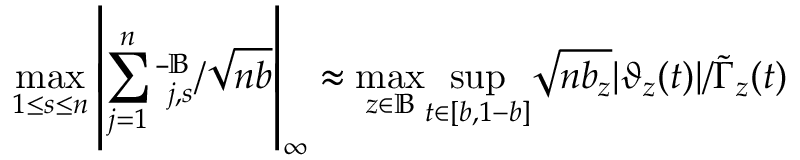
\underset { 1 \leq s \leq n } { \operatorname* { m a x } } \left| \sum _ { j = 1 } ^ { n } \bar { \mathbf \Xi } _ { j , s } ^ { \mathbb { B } } / \sqrt { n b } \right| _ { \infty } \approx \underset { z \in \mathbb { B } } { \operatorname* { m a x } } \underset { t \in [ b , 1 - b ] } { \operatorname* { s u p } } \sqrt { n b _ { z } } | \vartheta _ { z } ( t ) | / \tilde { \Gamma } _ { z } ( t )